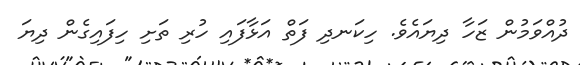
ދުއްވަމުން ޒަހާ ދިޔައެވެ. ހިކަނދި ފަތް އަޅާފައި ހުރި ތަށި ހިފައިގެން ދިޔަ